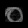
Digit: ၀